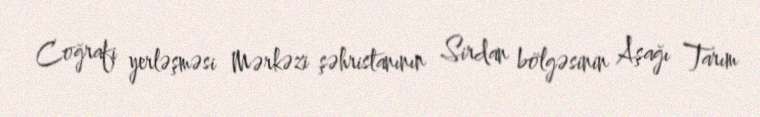
Coğrafi yerləşməsi Mərkəzi şəhristanının Sirdan bölgəsinin Aşağı Tarım